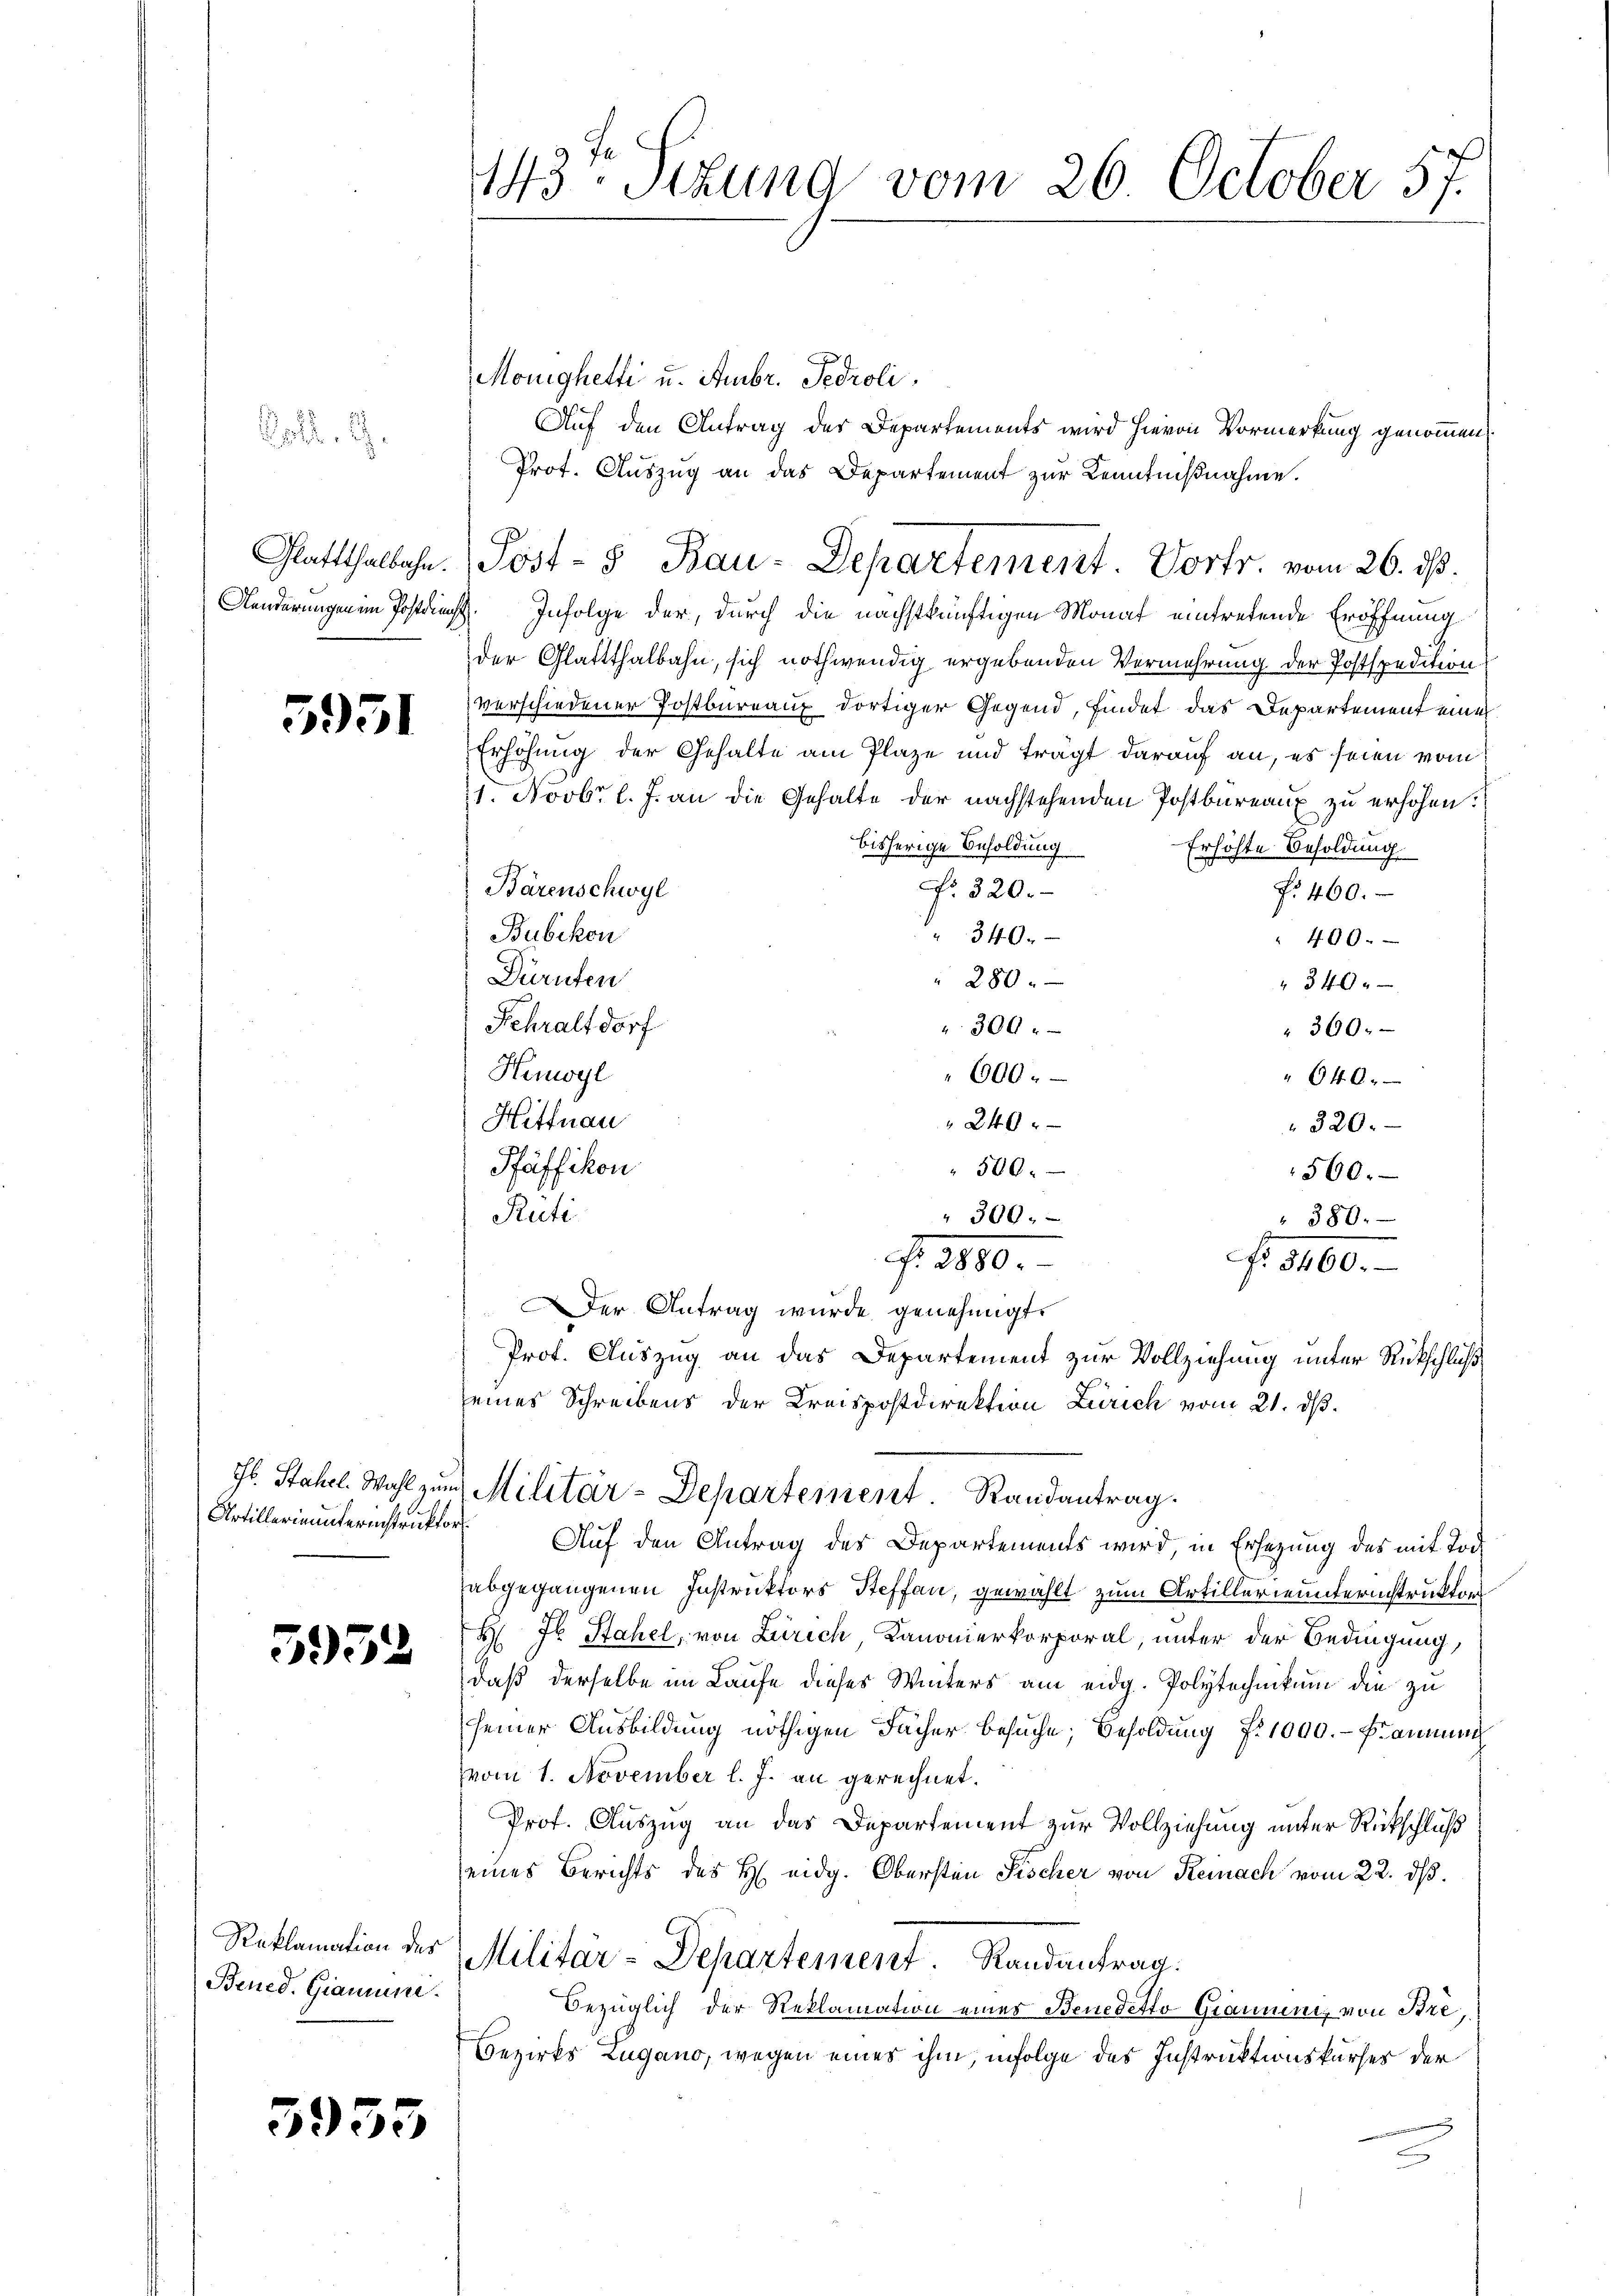
.

.

Glattthalbahn.
Aenderungen im Postdienst

5951

5952

Bened. Giamune.

5953

143t Sekung vom 26. October 57.

Monighetti u. Ambr. Pedroli
Auf den Antrag des Departements wird hievon Vormerkung genommen
Prot. Auszug an das Departement zur Kenntnißnahme.
Infolge der, durch die nächstkünftigen Monat eintretende Eröffnung
der Glattthalbahn, sich nothwendig ergebenden Vermehrung der Postspedition
verschiedener Postbureaux dortiger Gegend, findet das Departement einer
Erhöhung der Gehalte am Plaze und trägt darauf an, es seien vom
1. Novbr. l. J. an die Gehalte der nachstehenden Postbureaux zu erhöhen.
bisherige Besoldung
Erhöhte Besoldung
Bärenschwyl
No. 320.
Nr. 400.
Bubikon
340.
400.
Dürnten
280.
3400
Fehraltdorf
" 300.
" 300.
Hemogl
600.
640.
240.
Hittnau
320.
Pfäffikon
" 500.
560.
Rüti
" 300.
380.
f. 1800.
f. 1400.
er Antrag wurde genehmigt.
Prof. Auszug an das Departement zur Vollziehung unter Rückschluß
seines Schreibens der Kreispostdirektion Zürich vom 21. ds.

Jb. Stahel Wahl zum Militär-Departement. Randantrag.

Post- & Bau-Departement. Vortr. vom 26. ds.

Artillerinunterinstruktor Auf den Antrag des Departements wird, in Ersezung des mit Tod
abgegangenen Instruktors Steffen, gewählt zum Artillerienunterinstruktor
H Jb. Stahel, von Zürich Kanonierkorporal, unter der Bedingung,
daß derselbe im Laufe dieses Winters am eidg. Polytechnikum die zu
seiner Ausbildung nöthigen Fächer besuche, Besoldung f. 1000. - Danach
vom 1. November l. J. an gerechnet.
Prof. Auszug an das Departement zur Vollziehung unter Rückschluß
seines Berichts des H. eidg. Obersten Fischer von Reinach vom 22. ds.
Reklamation der Militär-Departement. Randantrag.
Bezüglich der Reklamation eines Benedetto Grammen, von Bre,
Bezirks Zugano, wegen eines ihm, infolge des Instruktionskurses der